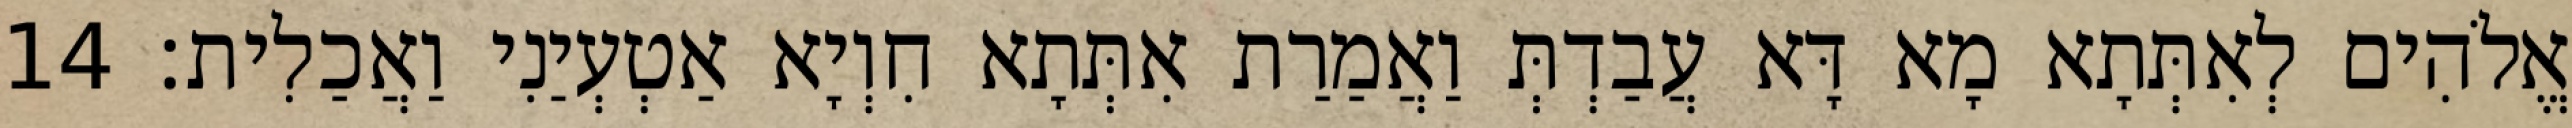
אֱלֹהִים לְאִתְּתָא מָא דָּא עֲבַדְתְּ וַאֲמַרַת אִתְּתָא חִוְיָא אַטְעְיַנִי וַאֲכַלִית׃ 14